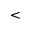
<